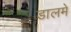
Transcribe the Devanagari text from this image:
डालमे